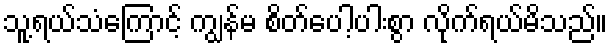
သူ့ရယ်သံကြောင့် ကျွန်မ စိတ်ပေါ့ပါးစွာ လိုက်ရယ်မိသည်။